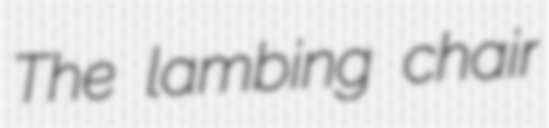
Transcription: The lambing chair